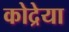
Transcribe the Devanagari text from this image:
कोद्रेया